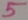
Text: 5